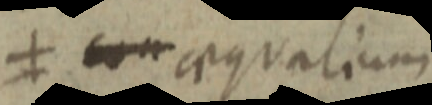
≠ cum aequalium